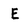
Character: E